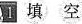
1 填 空